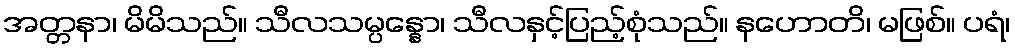
အတ္တနာ၊ မိမိသည်။ သီလသမ္ပန္နော၊ သီလနှင့်ပြည့်စုံသည်။ နဟောတိ၊ မဖြစ်။ ပရံ၊